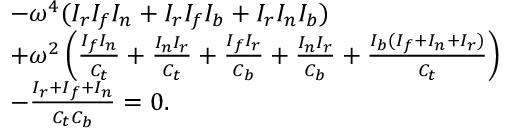
\begin{array} { r l } & { - \omega ^ { 4 } ( I _ { r } I _ { f } I _ { n } + I _ { r } I _ { f } I _ { b } + I _ { r } I _ { n } I _ { b } ) } \\ & { + \omega ^ { 2 } \left( \frac { I _ { f } I _ { n } } { C _ { t } } + \frac { I _ { n } I _ { r } } { C _ { t } } + \frac { I _ { f } I _ { r } } { C _ { b } } + \frac { I _ { n } I _ { r } } { C _ { b } } + \frac { I _ { b } ( I _ { f } + I _ { n } + I _ { r } ) } { C _ { t } } \right) } \\ & { - \frac { I _ { r } + I _ { f } + I _ { n } } { C _ { t } C _ { b } } = 0 . } \end{array}